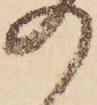
の